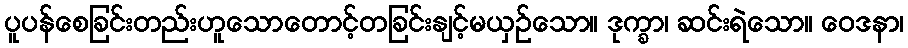
ပူပန်စေခြင်းတည်းဟူသောတောင့်တခြင်းနျင့်မယှဉ်သော။ ဒုက္ခာ၊ ဆင်းရဲသော။ ဝေဒနာ၊